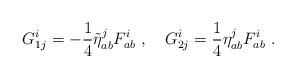
LaTeX: \begin{align*}G^i_{1j} = -\frac{1}{4}\tilde\eta^j_{ab}F^{ i}_{ab}\ ,\quad G^i_{2j} = \frac{1}{4}\eta^j_{ab}F^{ i}_{ab}\ .\end{align*}